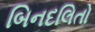
બિનદલિતો